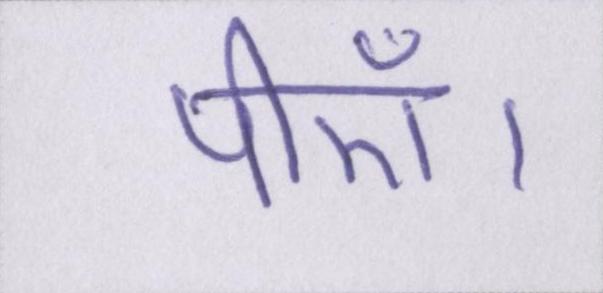
पीएँ।